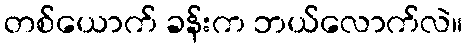
တစ်ယောက် ခန်းက ဘယ်လောက်လဲ။